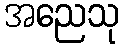
အညေသု